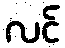
လင်